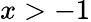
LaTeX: x>-1